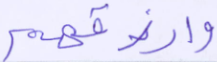
وارزقهم